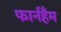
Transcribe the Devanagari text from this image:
फार्नहैम